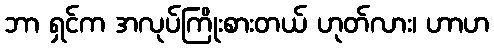
ဘာ ရှင်က အလုပ်ကြိုးစားတယ် ဟုတ်လား၊ ဟာဟ